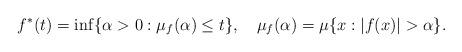
LaTeX: \begin{align*}f^*(t)=\inf\{\alpha>0:\mu_f(\alpha)\le t\},\quad\mu_f(\alpha)=\mu\{x:|f(x)|>\alpha\}.\end{align*}